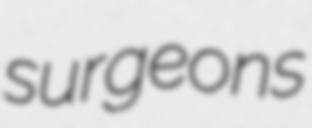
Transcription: surgeons